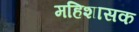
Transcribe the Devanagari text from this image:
महिशासक